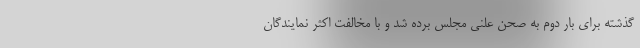
گذشته برای بار دوم به صحن علنی مجلس برده شد و با مخالفت اکثر نمایندگان